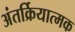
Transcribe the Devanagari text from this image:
अंतर्क्रियात्मक